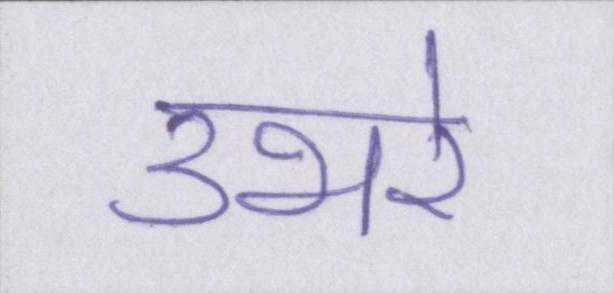
उभरे